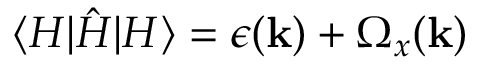
\langle H | \hat { H } | H \rangle = \epsilon ( \mathbf { k } ) + \Omega _ { x } ( \mathbf { k } )